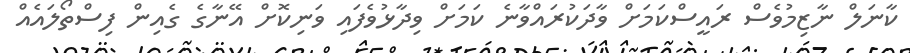
ކާނަލް ނާޒިމުވެސް ރައީސްކަމަށް ވާދަކުރައްވާނެ ކަމަށް ވިދާޅުވެފައި ވަނިކޮށް އޭނާގެ ގެއިން ފިސްތޯލައެއް